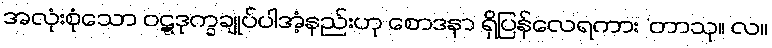
အလုံးစုံသော ဝဋ္ဋဒုက္ခချုပ်ပါအံ့နည်းဟု စောဒနာ ရှိပြန်လေရကား ‘တာသု။ လ။